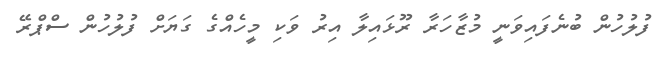
ފުލުހުން ބުނެފައިވަނީ މުޒާހަރާ ރޫޅައިލާ އިރު ވަކި މީހެއްގެ ގަޔަށް ފުލުހުން ސްޕްރޭ